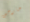
خارجين